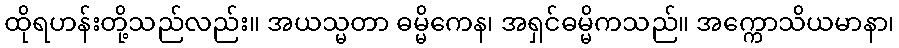
ထိုရဟန်းတို့သည်လည်း။ အယသ္မတာ ဓမ္မိကေန၊ အရှင်ဓမ္မိကသည်။ အက္ကောသိယမာနာ၊